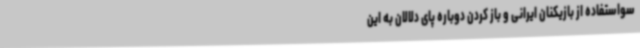
سواستفاده از بازیکنان ایرانی و باز کردن دوباره پای دلالان به این